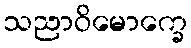
သညာဝိမောက္ခေ